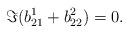
LaTeX: \begin{align*}\Im(b_{21}^1+b_{22}^2)=0.\end{align*}